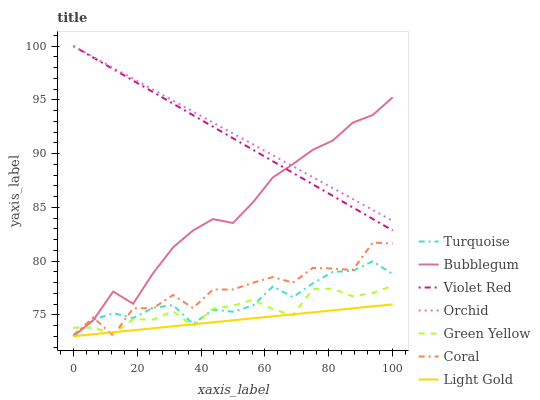
| xaxis_label | Turquoise | Bubblegum | Violet Red | Orchid | Green Yellow | Coral | Light Gold |
 | --- | --- | --- | --- | --- | --- | --- | --- |
 | 0 | 73.1 | 73 | 100 | 100 | 73.8 | 73 | 73 |
 | 6.25 | 74.5 | 74.5 | 98.9 | 99 | 73.8 | 74.8 | 73.2 |
 | 12.5 | 75.2 | 77.2 | 97.9 | 98 | 73.3 | 73.1 | 73.4 |
 | 18.8 | 74.7 | 76 | 96.8 | 96.9 | 74.6 | 75.6 | 73.6 |
 | 25 | 75.6 | 78.9 | 95.7 | 95.9 | 74.5 | 75.6 | 73.7 |
 | 31.2 | 75.9 | 81.3 | 94.6 | 94.9 | 75.3 | 76.8 | 73.9 |
 | 37.5 | 74.1 | 82.8 | 93.6 | 93.9 | 73.9 | 75.6 | 74.1 |
 | 43.8 | 75.5 | 83.9 | 92.5 | 92.9 | 75.6 | 77.3 | 74.3 |
 | 50 | 75.3 | 83.5 | 91.4 | 91.9 | 75.8 | 77.3 | 74.5 |
 | 56.2 | 75.9 | 85.5 | 90.3 | 90.8 | 76.4 | 78 | 74.7 |
 | 62.5 | 77.6 | 87.8 | 89.3 | 89.8 | 75.5 | 78.5 | 74.9 |
 | 68.8 | 76.6 | 89 | 88.2 | 88.8 | 75 | 78 | 75 |
 | 75 | 77.9 | 90.3 | 87.1 | 87.8 | 77.4 | 79.4 | 75.2 |
 | 81.2 | 79 | 91.2 | 86.1 | 86.8 | 77.4 | 79.3 | 75.4 |
 | 87.5 | 79.1 | 92.9 | 85 | 85.8 | 76.7 | 79.2 | 75.6 |
 | 93.8 | 80 | 93.6 | 83.9 | 84.7 | 77 | 81.7 | 75.8 |
 | 100 | 78.8 | 95.2 | 82.8 | 83.7 | 77.7 | 81.6 | 76 |